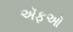
ઍફઑ